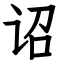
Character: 诏